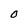
Character: O